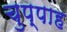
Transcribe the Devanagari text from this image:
चुप्पाह